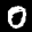
Label: 0